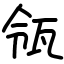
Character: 瓴